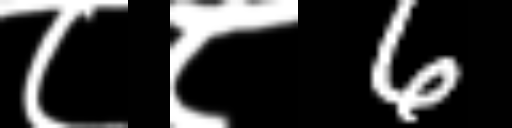
Text: ८८6